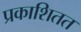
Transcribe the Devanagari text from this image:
प्रकाशितत